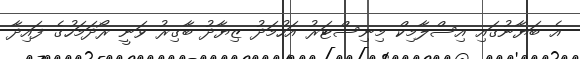
އެ ބަޔާނުގައި އިސްލާމިކް މިނިސްޓަރު އަހުމަދު ޒިޔާދު ބާގިރު ވަނީ ރޯދަމަހުގެ ފައިދާ